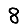
Digit: 8